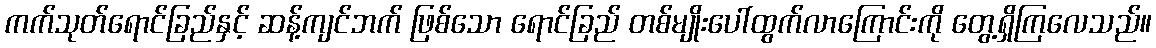
ကက်သုတ်ရောင်ခြည်နှင့် ဆန့်ကျင်ဘက် ဖြစ်သော ရောင်ခြည် တစ်မျိုးပေါ်ထွက်လာကြောင်းကို တွေ့ရှိကြလေသည်။